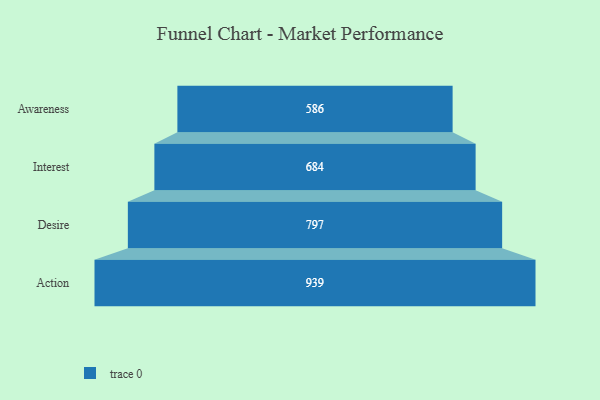
{"axis": {"x": "Stage", "y": "Value"}, "legend": [""], "data": [{"x": "Awareness", "y": 586.0, "type": ""}, {"x": "Interest", "y": 684.0, "type": ""}, {"x": "Desire", "y": 797.0, "type": ""}, {"x": "Action", "y": 939.0, "type": ""}]}